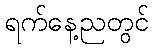
ရက်နေ့ညတွင်